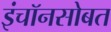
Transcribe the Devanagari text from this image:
इंचॉनसोबत